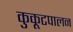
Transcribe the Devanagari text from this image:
कुकूटपालन